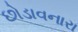
છોડાવનારા